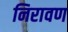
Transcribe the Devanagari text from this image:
निरावण